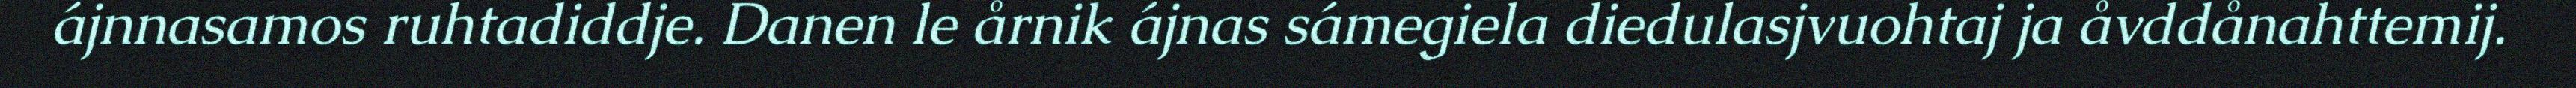
ájnnasamos ruhtadiddje. Danen le årnik ájnas sámegiela diedulasjvuohtaj ja åvddånahttemij.